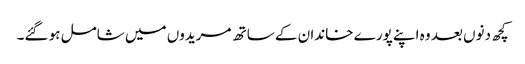
کچھ دنوں بعد وہ اپنے پورے خاندان کے ساتھ مریدوں میں شامل ہو گئے۔